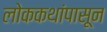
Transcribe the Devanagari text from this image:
लोककथांपासून